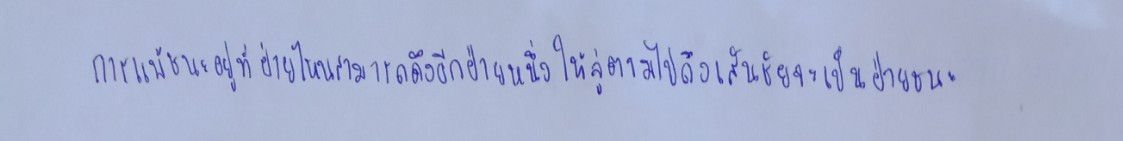
การแพ้ชนะอยู่ที่ฝ่ายไหนสามารถดึงอีกฝ่ายหนึ่งให้ลู่ตามไปถึงเส้นชัยจะเป็นฝ่ายชนะ